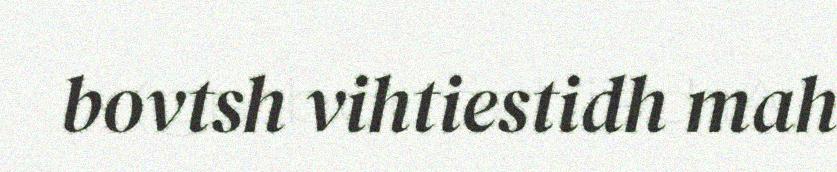
bovtsh vihtiestidh mah